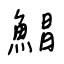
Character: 鯧